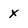
Character: x